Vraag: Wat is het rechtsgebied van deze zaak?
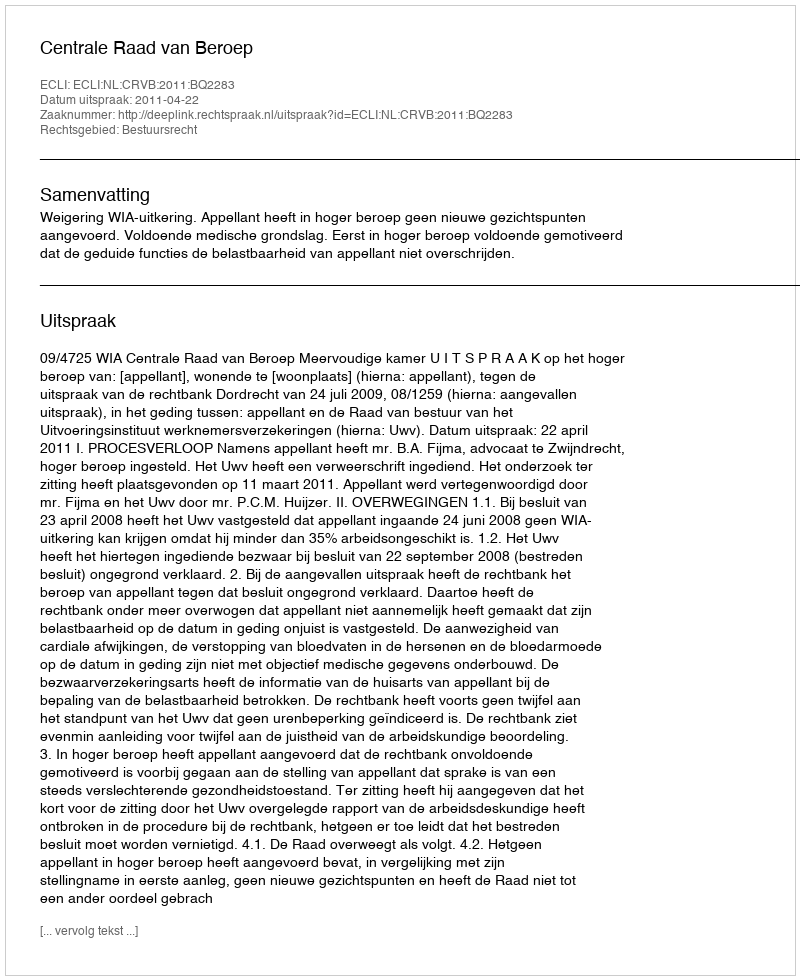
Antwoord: Bestuursrecht